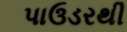
પાઉડરથી